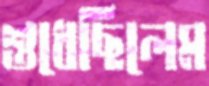
শুধেছিলেম